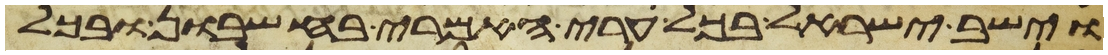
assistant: וישב ישראל בכל ערי האמרי בחשבון ובכל